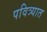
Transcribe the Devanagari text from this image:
पवित्र्यात